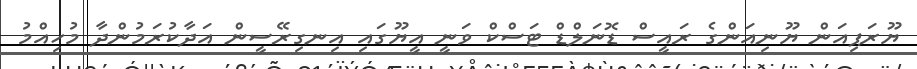
ޔޫރަޕިއަން ޔޫނިއަންގެ ރައީސް ޑޮނަލްޑް ޓަސްކް ވަނީ އީޔޫގައި އިނގިރޭސީން އަދާކުރަމުންދާ މުހިއްމު